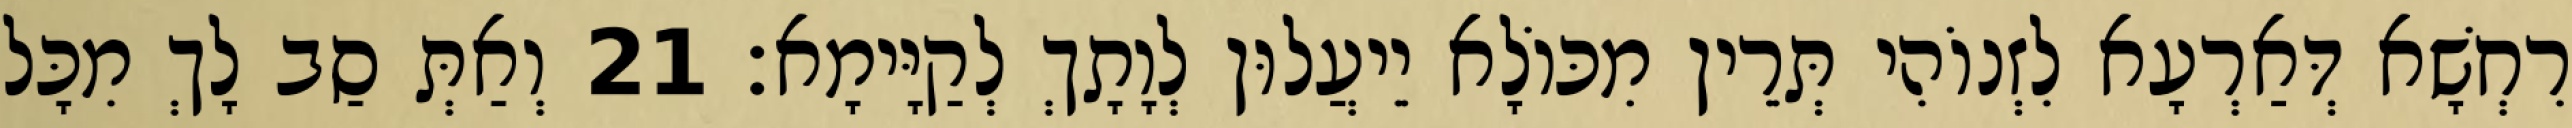
רִחְשָׁא דְּאַרְעָא לִזְנוֹהִי תְּרֵין מִכּוֹלָא יֵיעֲלוּן לְוָתָךְ לְקַיָּימָא׃ 21 וְאַתְּ סַב לָךְ מִכָּל